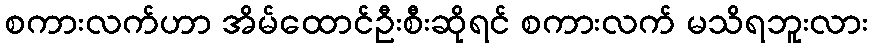
စကားလက်ဟာ အိမ်ထောင်ဦးစီးဆိုရင် စကားလက် မသိရဘူးလား